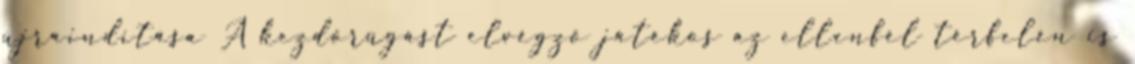
újraindítása A kezdőrúgást elvégző játékos az ellenfél térfelén is